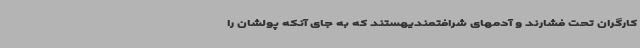
کارگران تحت فشارند و آدمهای شرافتمندیهستند که به جای آنکه پولشان را